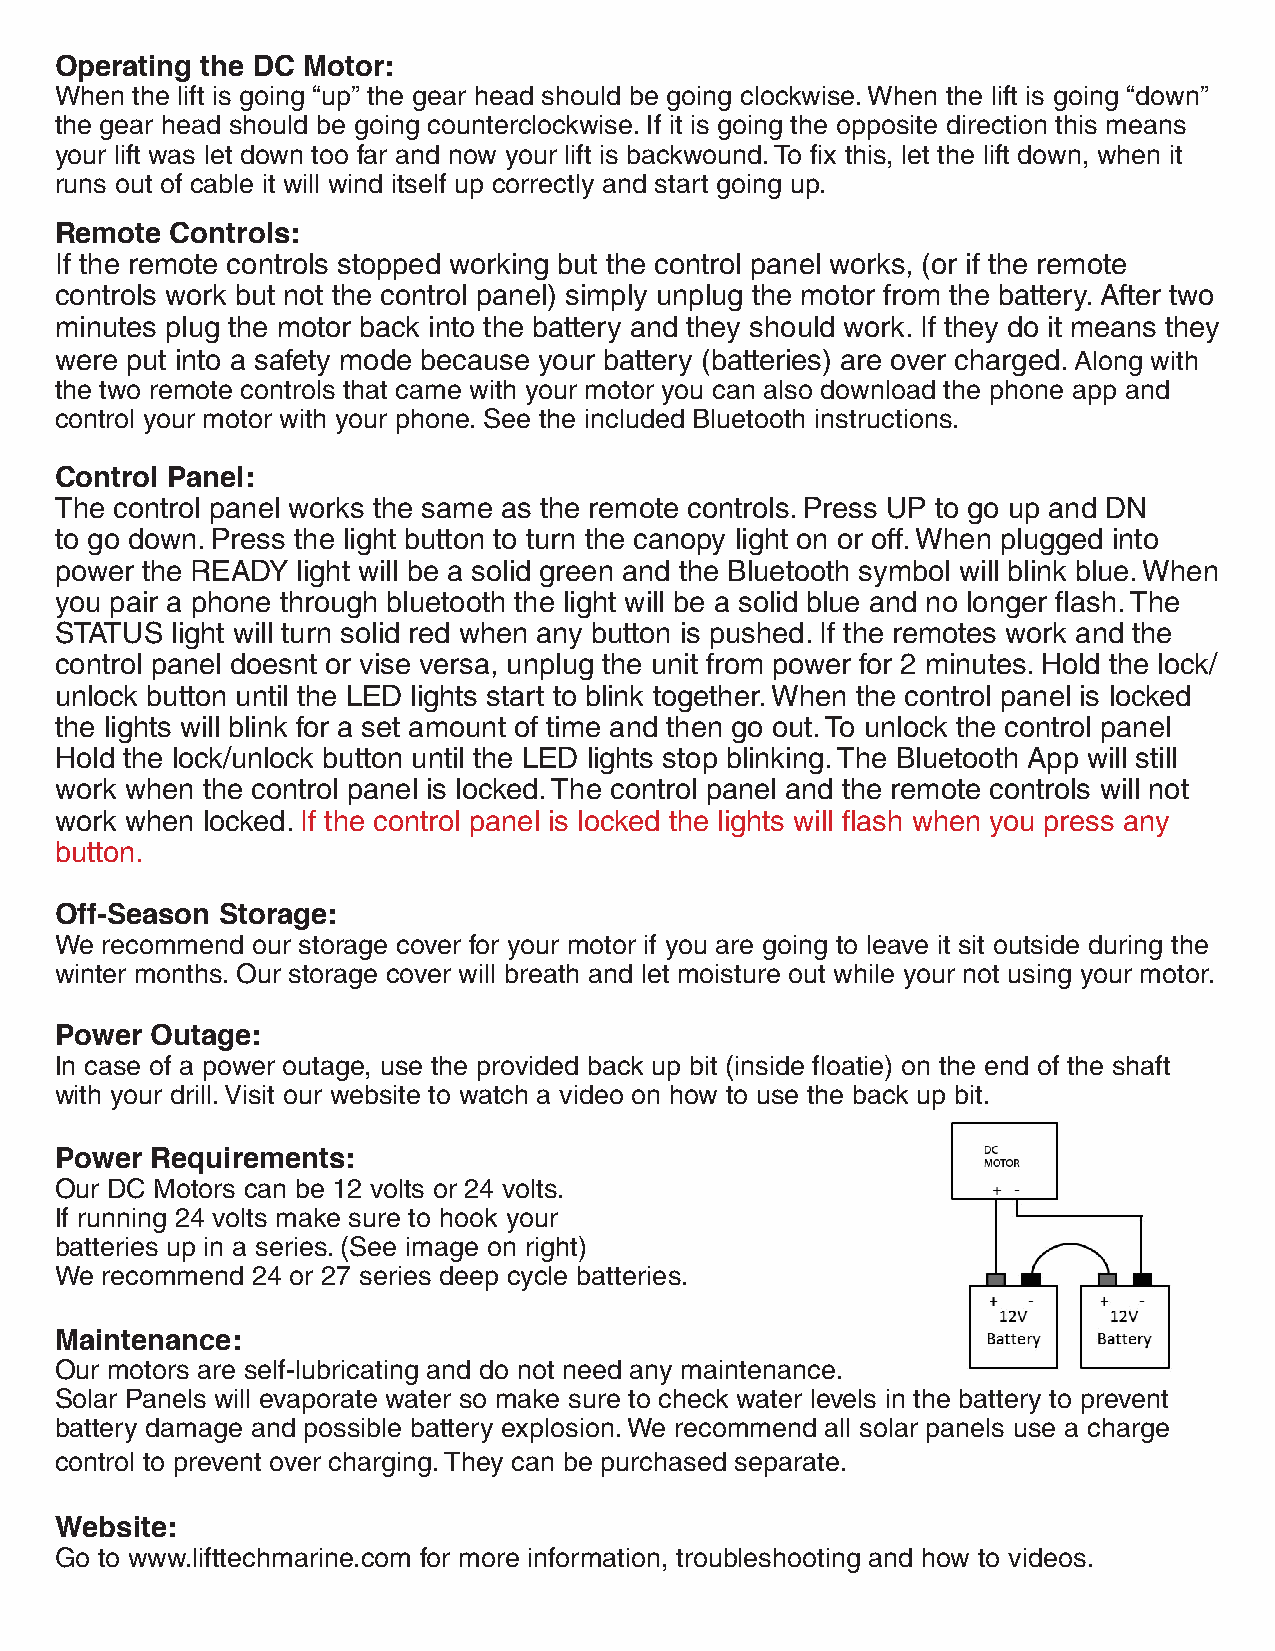
Operating the DC Motor:
 When the lift is going “up” the gear head should be going clockwise. When the lift is going “down”
 the gear head should be going counterclockwise. If it is going the opposite direction this means
 your lift was let down too far and now your lift is backwound. To fix this, let the lift down, when it
 runs out of cable it will wind itself up correctly and start going up.
 Remote Controls:
 If the remote controls stopped working but the control panel works, (or if the remote
 controls work but not the control panel) simply unplug the motor from the battery. After two
 minutes plug the motor back into the battery and they should work. If they do it means they
 were put into a safety mode because your battery (batteries) are over charged. Along with
 the two remote controls that came with your motor you can also download the phone app and
 control your motor with your phone. See the included Bluetooth instructions.
 Control Panel:
 The control panel works the same as the remote controls. Press UP to go up and DN
 to go down. Press the light button to turn the canopy light on or off. When plugged into
 power the READY light will be a solid green and the Bluetooth symbol will blink blue. When
 you pair a phone through bluetooth the light will be a solid blue and no longer flash. The
 STATUS light will turn solid red when any button is pushed. If the remotes work and the
 control panel doesnt or vise versa, unplug the unit from power for 2 minutes. Hold the lock/
 unlock button until the LED lights start to blink together. When the control panel is locked
 the lights will blink for a set amount of time and then go out. To unlock the control panel
 Hold the lock/unlock button until the LED lights stop blinking. The Bluetooth App will still
 work when the control panel is locked. The control panel and the remote controls will not
 work when locked. If the control panel is locked the lights will flash when you press any
 button.
 Off-Season Storage:
 We recommend our storage cover for your motor if you are going to leave it sit outside during the
 winter months. Our storage cover will breath and let moisture out while your not using your motor.
 Power Outage:
 In case of a power outage, use the provided back up bit (inside floatie) on the end of the shaft
 with your drill. Visit our website to watch a video on how to use the back up bit.
 Power Requirements:
 Our DC Motors can be 12 volts or 24 volts.
 If running 24 volts make sure to hook your
 batteries up in a series. (See image on right)
 We recommend 24 or 27 series deep cycle batteries.
 Maintenance:
 Our motors are self-lubricating and do not need any maintenance.
 Solar Panels will evaporate water so make sure to check water levels in the battery to prevent
 battery damage and possible battery explosion. We recommend all solar panels use a charge
 control to prevent over charging. They can be purchased separate.
 Website:
 Go to www.lifttechmarine.com for more information, troubleshooting and how to videos.